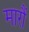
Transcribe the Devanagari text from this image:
मारौं